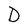
Character: D